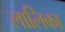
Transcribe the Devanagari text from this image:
लालिका